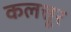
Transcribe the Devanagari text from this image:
कलत्तूर